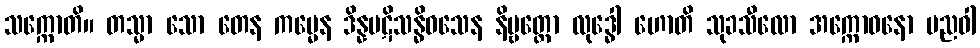
သက္ကောတိ။ တသ္မာ သော တေန ကမ္မေန ဒိန္နပဋိသန္ဓိဝသေန နိဗ္ဗတ္တော လုဒ္ဓေါ ဟောတိ သုခသီလော အက္ကောဓနော ပညဝါ